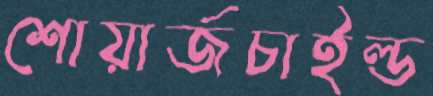
শোয়ার্জচাইল্ড